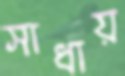
সাধায়